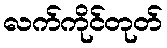
လက်ကိုင်တုတ်